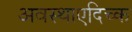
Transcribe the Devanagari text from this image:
अवस्थाएदिच्क